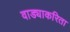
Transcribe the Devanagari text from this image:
वाड्याकरिता